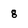
Character: g